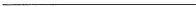
___